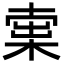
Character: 𣕿